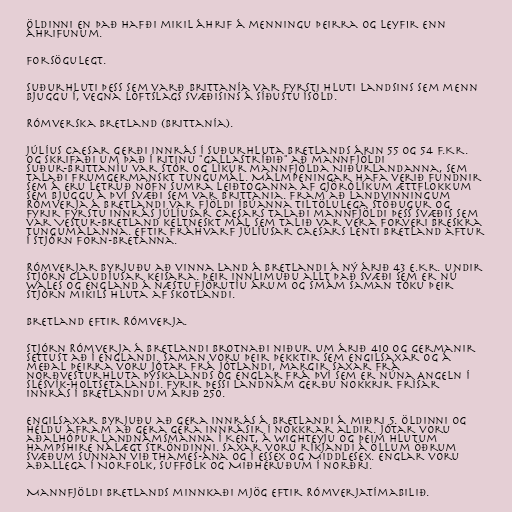
öldinni en það hafði mikil áhrif á menningu þeirra og leyfir enn
áhrifunum.

Forsögulegt.

Suðurhluti þess sem varð Brittanía var fyrsti hluti landsins sem menn
bjuggu í, vegna loftslags svæðisins á síðustu ísöld.

Rómverska Bretland (Brittanía).

Júlíus Caesar gerði innrás í suðurhluta Bretlands árin 55 og 54 f.Kr.
og skrifaði um það í ritinu "Gallastríðið" að mannfjöldi
Suður-Brittaníu var stór og líkur mannfjölda Niðurlandanna, sem
talaði frumgermanskt tungumál. Málmpeningar hafa verið fundnir
sem á eru letruð nöfn sumra leiðtoganna af gjörólíkum ættflokkum
sem bjuggu á því svæði sem var Brittania. Fram að landvinningum
Rómverja á Bretlandi var fjöldi íbúanna tiltölulega stöðugur og
fyrir fyrstu innrás Júlíusar Caesars talaði mannfjöldi þess svæðis sem
var Vestur-Bretland keltneskt mál sem talið var vera forveri breskra
tungumálanna. Eftir fráhvarf Júlíusar Caesars lenti Bretland aftur
í stjórn Forn-Bretanna.

Rómverjar byrjuðu að vinna land á Bretlandi á ný árið 43 e.Kr. undir
stjórn Claudíusar keisara. Þeir innlimuðu allt það svæði sem er nú
Wales og England á næstu fjörutíu árum og smám saman tóku þeir
stjórn mikils hluta af Skotlandi.

Bretland eftir Rómverja.

Stjórn Rómverja á Bretlandi brotnaði niður um árið 410 og Germanir
settust að í Englandi. Saman voru þeir þekktir sem Engilsaxar og á
meðal þeirra voru Jótar frá Jótlandi, margir Saxar frá
norðvesturhluta Þýskalands og Englar frá því sem er núna Angeln í
Slésvík-Holtsetalandi. Fyrir þessi landnám gerðu nokkrir Frísar
innrás í Bretlandi um árið 250.

Engilsaxar byrjuðu að gera innrás á Bretlandi á miðri 5. öldinni og
héldu áfram að gera gera innrásir í nokkrar aldir. Jótar voru
aðalhópur landnámsmanna í Kent, á Wighteyju og þeim hlutum
Hampshire nálægt ströndinni. Saxar voru ríkjandi á öllum öðrum
svæðum sunnan við Thames-ána og í Essex og Middlesex. Englar voru
aðallega í Norfolk, Suffolk og Miðhéruðum í norðri.

Mannfjöldi Bretlands minnkaði mjög eftir Rómverjatímabilið.